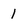
Character: 1